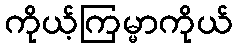
ကိုယ့်ကြမ္မာကိုယ်